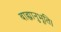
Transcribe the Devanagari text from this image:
बाह्यानुभूति।